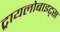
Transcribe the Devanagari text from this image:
ट्रायलोबाइट्स